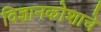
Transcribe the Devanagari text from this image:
विज्ञानकोशाचे